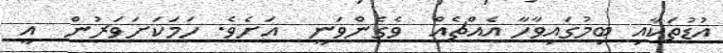
އުޑުތަކާއި ބިމުގައިވާހާ އެއްޗެއް  ވެގެންވަނީ  އަށެވެ. ހަމަކަށަވަރުން  އީ